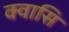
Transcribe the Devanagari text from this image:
क्वासि